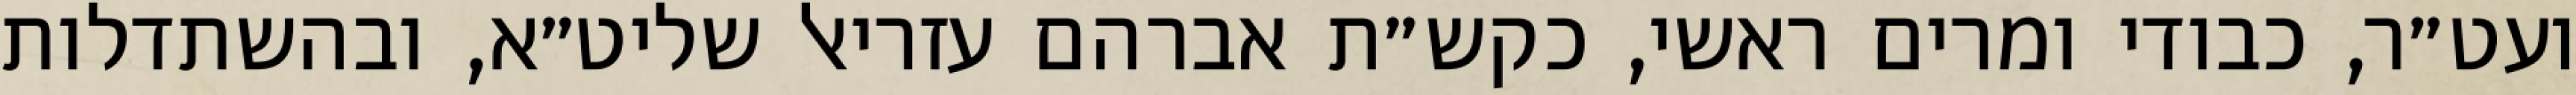
ועט״ר, כבודי ומרים ראשי, כקש״ת אברהם עזריאל שליט״א, ובהשתדלות